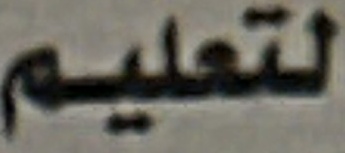
لتعلیم